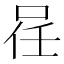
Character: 𠲉